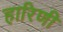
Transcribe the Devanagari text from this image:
हारिणी